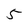
Character: 5